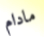
مادام